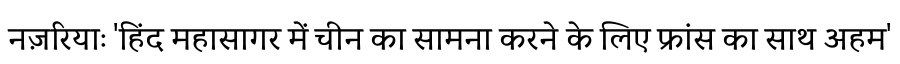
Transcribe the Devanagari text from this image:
नज़रियाः 'हिंद महासागर में चीन का सामना करने के लिए फ्रांस का साथ अहम'